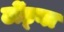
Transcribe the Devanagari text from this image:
टोंड्ना